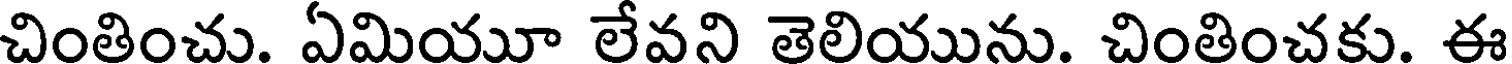
చింతించు. ఏమియూ లేవని తెలియును. చింతించకు. ఈ